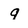
Character: q